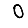
Digit: 0